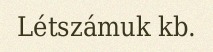
Létszámuk kb.